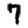
Digit: 7